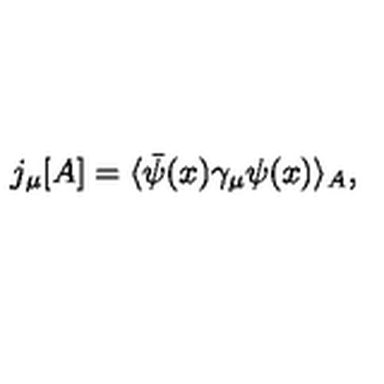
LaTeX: j _ { \mu } [ A ] = \langle \bar { \psi } ( x ) \gamma _ { \mu } \psi ( x ) \rangle _ { A } ,